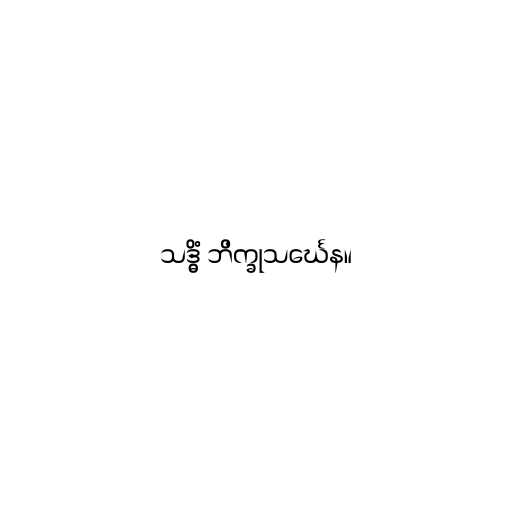
သဒ္ဓိံ ဘိက္ခုသင်္ဃေန။